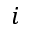
i